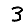
Digit: 3